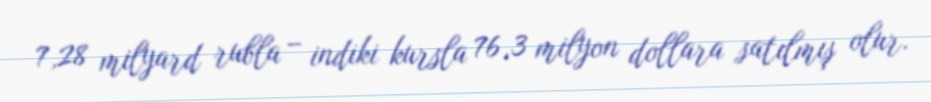
7,28 milyard rubla – indiki kursla 76,3 milyon dollara satılmış olur.